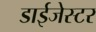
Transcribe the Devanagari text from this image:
डाईजेस्टर